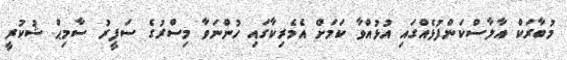
މުބާރަކް އާލާސްކަންފުޅެއްގައި އުޅުއްވާ ކަމަށް އެމެރިކާގައި ހުންނަވާ މިސްރުގެ ސަފީރު ސާމިޙް ޝުކުރީ